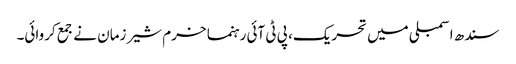
سندھ اسمبلی میں تحریک، پی ٹی آئی رہنما خرم شیر زمان نے جمع کروائی۔